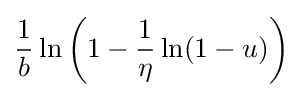
{\frac {1}{b}}\ln \left(1-{\frac {1}{\eta }}\ln(1-u)\right)